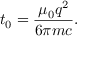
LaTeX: t _ { 0 } = { \frac { \mu _ { 0 } q ^ { 2 } } { 6 \pi m c } } .